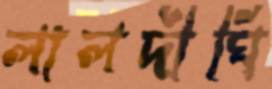
লালদীঘি